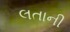
લતાની